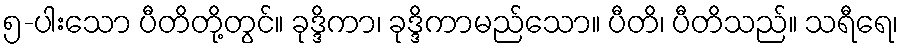
၅-ပါးသော ပီတိတို့တွင်။ ခုဒ္ဒိကာ၊ ခုဒ္ဒိကာမည်သော။ ပီတိ၊ ပီတိသည်။ သရီရေ၊